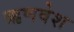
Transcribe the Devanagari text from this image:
ऋणवेश